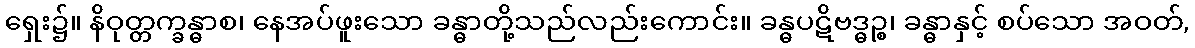
ရှေး၌။ နိဝုတ္တက္ခန္ဓာစ၊ နေအပ်ဖူးသော ခန္ဓာတို့သည်လည်းကောင်း။ ခန္ဓပဋိဗဒ္ဓဉ္စ၊ ခန္ဓာနှင့် စပ်သော အဝတ်,